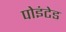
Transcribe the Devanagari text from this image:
पोइंटेड